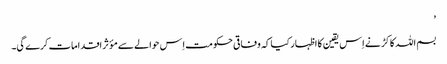
’
بسم اللہ کاکڑ نے اِس یقین کا اظہار کیا کہ وفاقی حکومت اِس حوالے سے مؤثر اقدامات کرے گی۔